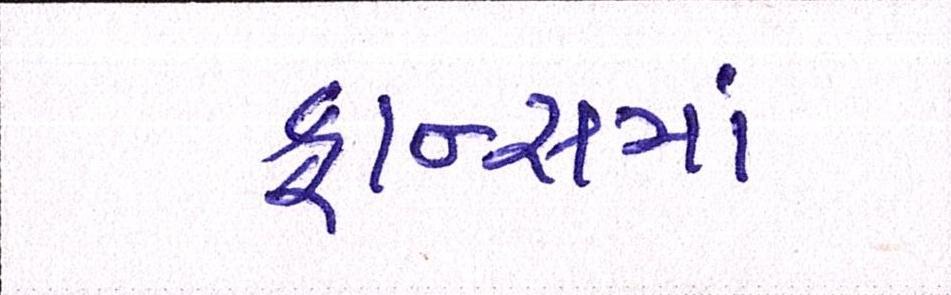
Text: ફ્રાન્સમાં